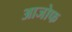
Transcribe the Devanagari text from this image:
आजोफ